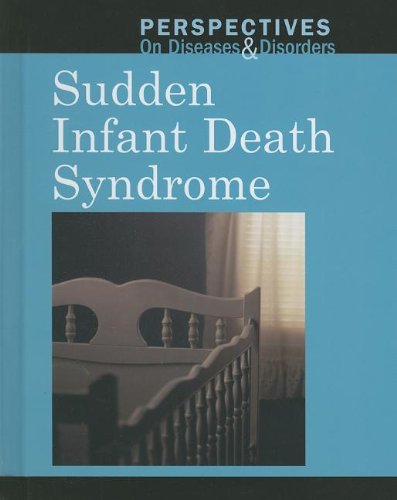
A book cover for Sudden Infant Death Syndrome (Perspectives on Diseases and Disorders); Jacqueline Langwith; Teen & Young Adult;